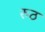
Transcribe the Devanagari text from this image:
रुठ